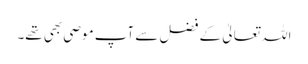
اللہ تعالیٰ کے فضل سے آپ موصی بھی تھے۔